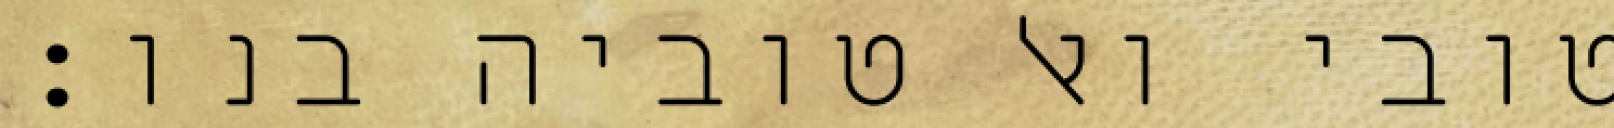
טובי ואל טוביה בנו: